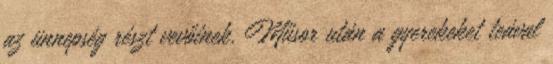
az ünnepség részt vevőinek. Műsor után a gyerekeket teával